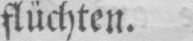
flüchten.